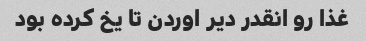
غذا رو انقدر دیر اوردن تا یخ کرده بود